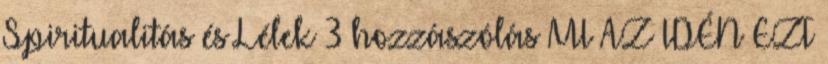
Spiritualitás és Lélek 3 hozzászólás MI AZ IDÉN EZT